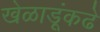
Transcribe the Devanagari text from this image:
खेळाडूंकढे